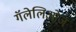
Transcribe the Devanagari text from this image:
गॅलेलिओज